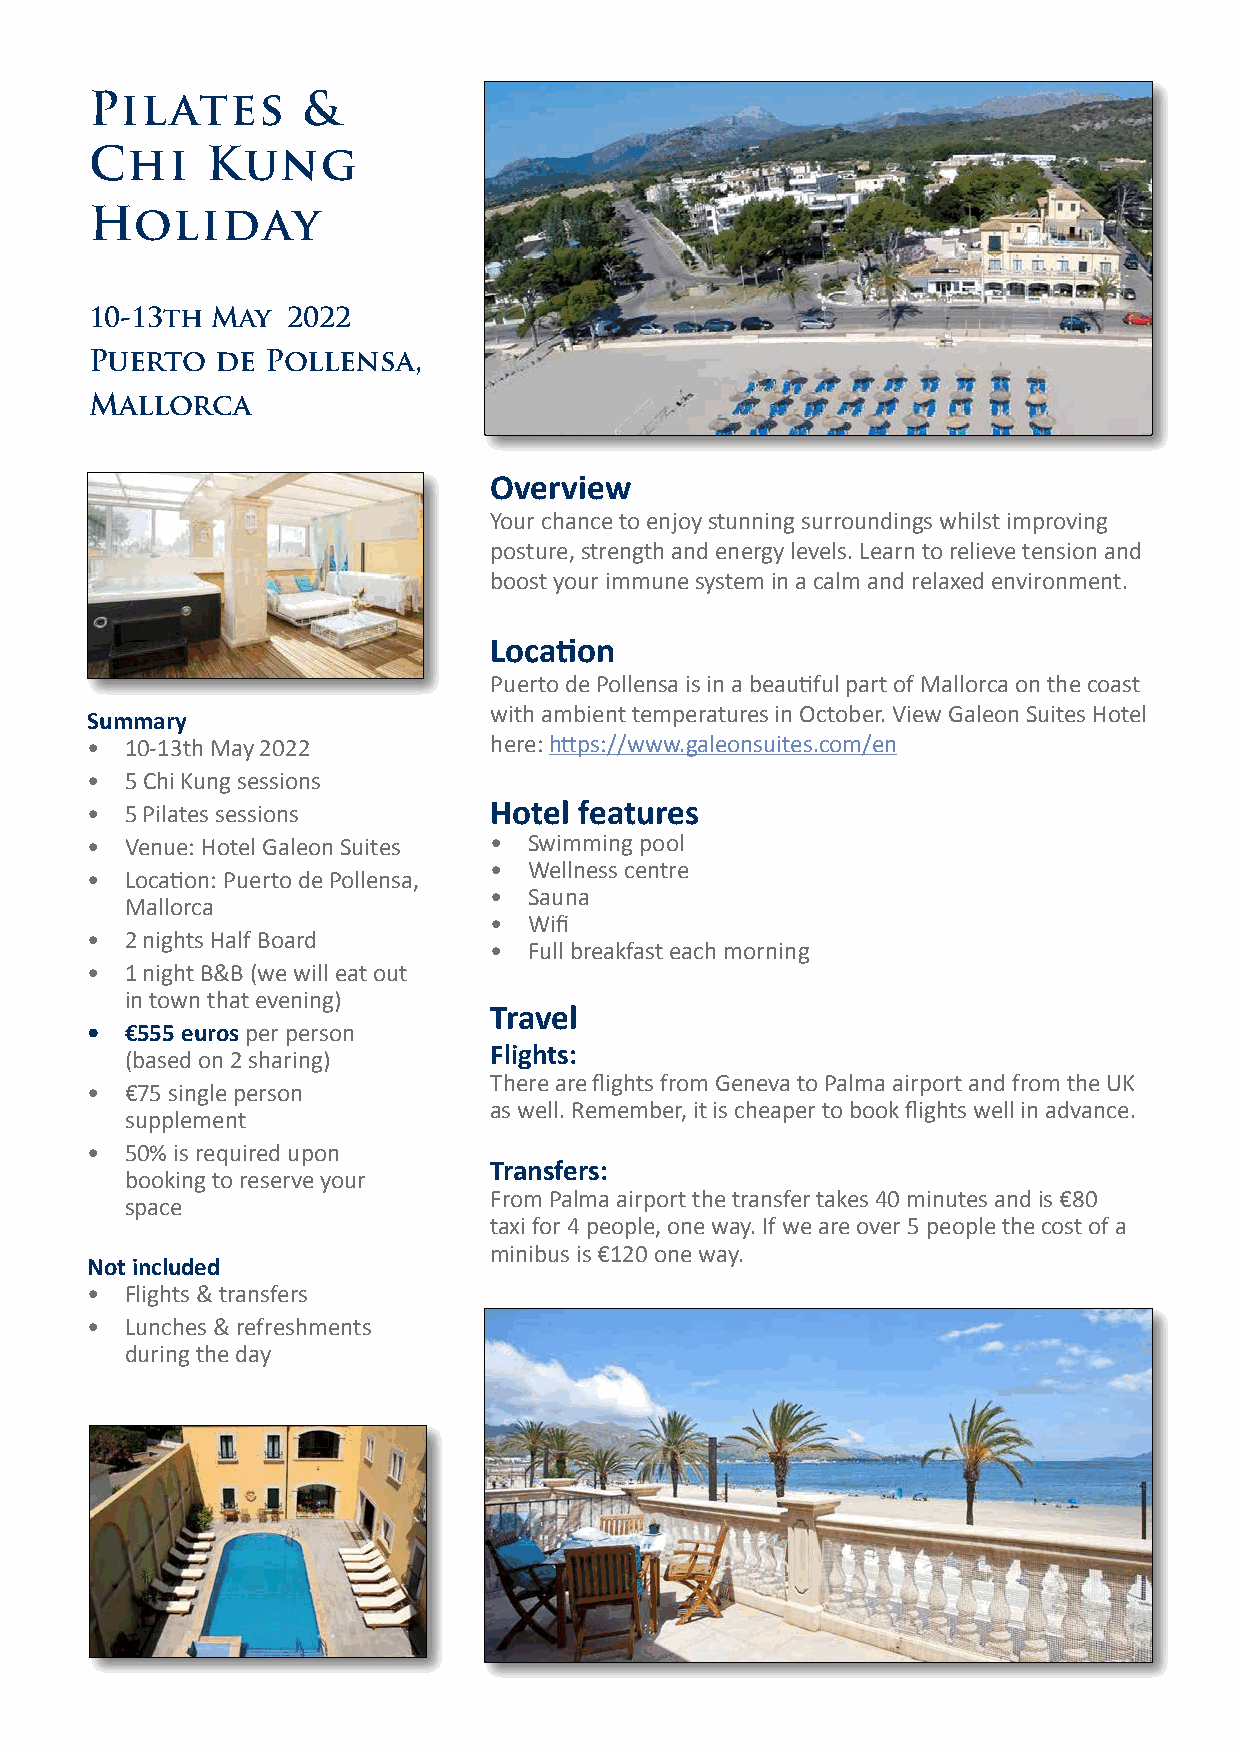
Pilates       &
 Chi     Kung
 Holiday
 10-13th May  2022
 Puerto  de  Pollensa,
 Mallorca
 Overview
 Your chance to enjoy stunning surroundings whilst improving
 posture, strength and energy levels. Learn to relieve tension and
 boost your immune system in a calm and relaxed environment.
 Location
 Puerto de Pollensa is in a beautiful part of Mallorca on the coast
 with ambient temperatures in October. View Galeon Suites Hotel
 Summary
 • 10-13th May 2022        here: https://www.galeonsuites.com/en
 • 5 Chi Kung sessions
 • 5 Pilates sessions      Hotel features
 • Venue: Hotel Galeon Suites • Swimming pool
 •  Wellness centre
 • Location: Puerto de Pollensa,
 •  Sauna
 Mallorca
 •  Wifi
 • 2 nights Half Board
 •  Full breakfast each morning
 • 1 night B&B (we will eat out
 in town that evening)
 Travel
 • €555 euros per person
 Flights:
 (based on 2 sharing)
 There are flights from Geneva to Palma airport and from the UK
 • €75 single person
 as well. Remember, it is cheaper to book flights well in advance.
 supplement
 • 50% is required upon
 Transfers:
 booking to reserve your
 From Palma airport the transfer takes 40 minutes and is €80
 space
 taxi for 4 people, one way. If we are over 5 people the cost of a
 minibus is €120 one way.
 Not included
 • Flights & transfers
 • Lunches & refreshments
 during the day